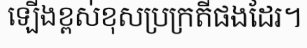
ឡើងខ្ពស់ខុសប្រក្រតីផងដែរ។